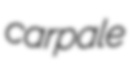
carpale